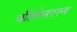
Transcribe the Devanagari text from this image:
कीर्तनरत्‍न